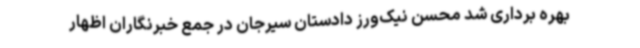
بهره برداری شد محسن نیک‌ورز دادستان سیرجان در جمع خبرنگاران اظهار